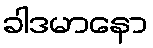
ခါဒမာနော